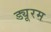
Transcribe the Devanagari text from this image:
ड्यूरम